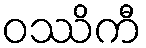
ဝဿိကီ